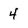
Character: 4